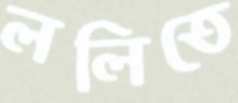
ললিতে